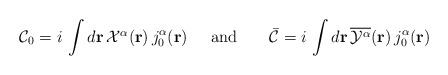
\begin{align*}{\cal C}_{0}=i\,\int d{\bf{r}}\,{\textstyle {\cal X}^{\alpha}}({\bf r})\,j_{0}^{\alpha}({\bf r})\;\;\;\;\;\mbox{and}\;\;\;\;\;\;\;{\bar {\cal C}}=i\,\int d{\bf{r}}\,\overline{{\cal Y}^{\alpha}}({\bf r})\,j_{0}^{\alpha}({\bf r})\end{align*}